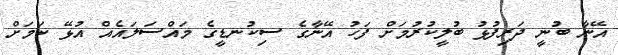
އޭނާ ބުނީ ދަރިފުޅު ބުލީކުރުމަށް ފަހު އޭނާގެ ސިކުނޑީގެ މައްސަލައެއް އުޅޭ ކަމަށް